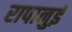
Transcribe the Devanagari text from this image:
रापानुई